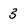
Character: 3